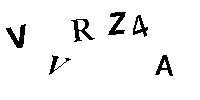
VVRZ4A